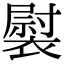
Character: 褽